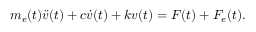
m _ { e } ( t ) \ddot { v } ( t ) + c \dot { v } ( t ) + k v ( t ) = F ( t ) + F _ { e } ( t ) .